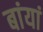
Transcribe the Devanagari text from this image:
बांयां